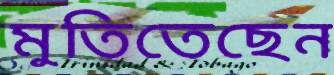
মুতিতেছেন